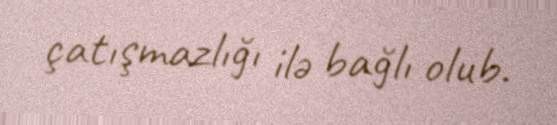
çatışmazlığı ilə bağlı olub.